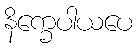
နိက္ခေပါယပေ